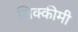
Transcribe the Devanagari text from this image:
सिक्कीमी